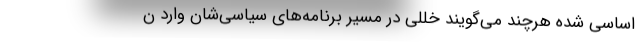
اساسی شده هرچند می‌گویند خللی در مسیر برنامه‌های سیاسی‌شان وارد ن